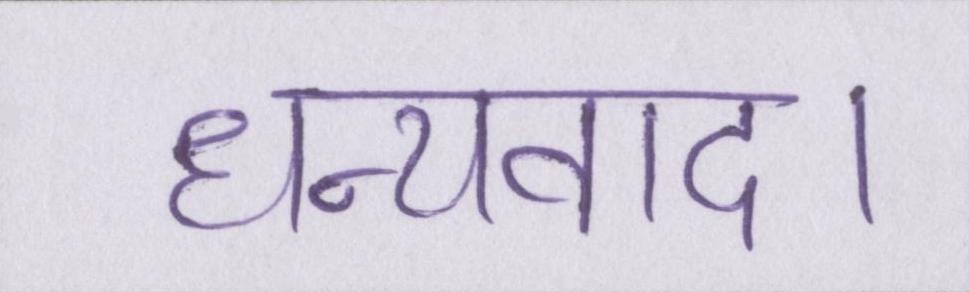
धन्यवाद।